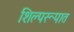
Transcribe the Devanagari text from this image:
शिल्परूपात